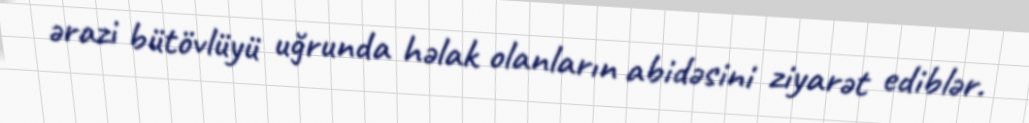
ərazi bütövlüyü uğrunda həlak olanların abidəsini ziyarət ediblər.